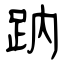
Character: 䟜